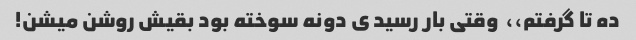
ده تا گرفتم،،  وقتی بار رسید ی دونه سوخته بود بقیش روشن میشن!